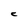
Character: C